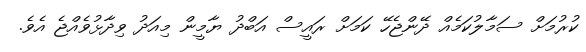
ކުރުމަށް ސަމާލުކަމެއް ދޭންޖެހޭ ކަމަށް ރައީސް އަބްދު ޔާމީން މިއަދު ވިދާޅުވެއްޖެ އެވެ.